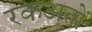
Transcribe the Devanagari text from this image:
रकअतों